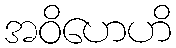
အဝိဟေဟိ